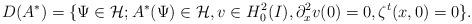
LaTeX: \begin{align*}D(A^*)=\{\Psi\in \mathcal{H}; A^*(\Psi)\in\mathcal{H}, v\in H^2_0(I), \partial_x^2 v(0)=0, \zeta^t(x,0)=0 \}.\end{align*}